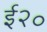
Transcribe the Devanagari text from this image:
ई२०